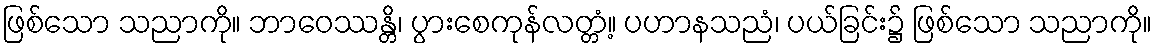
ဖြစ်သော သညာကို။ ဘာဝေဿန္တိ၊ ပွားစေကုန်လတ္တံ့။ ပဟာနသညံ၊ ပယ်ခြင်း၌ ဖြစ်သော သညာကို။